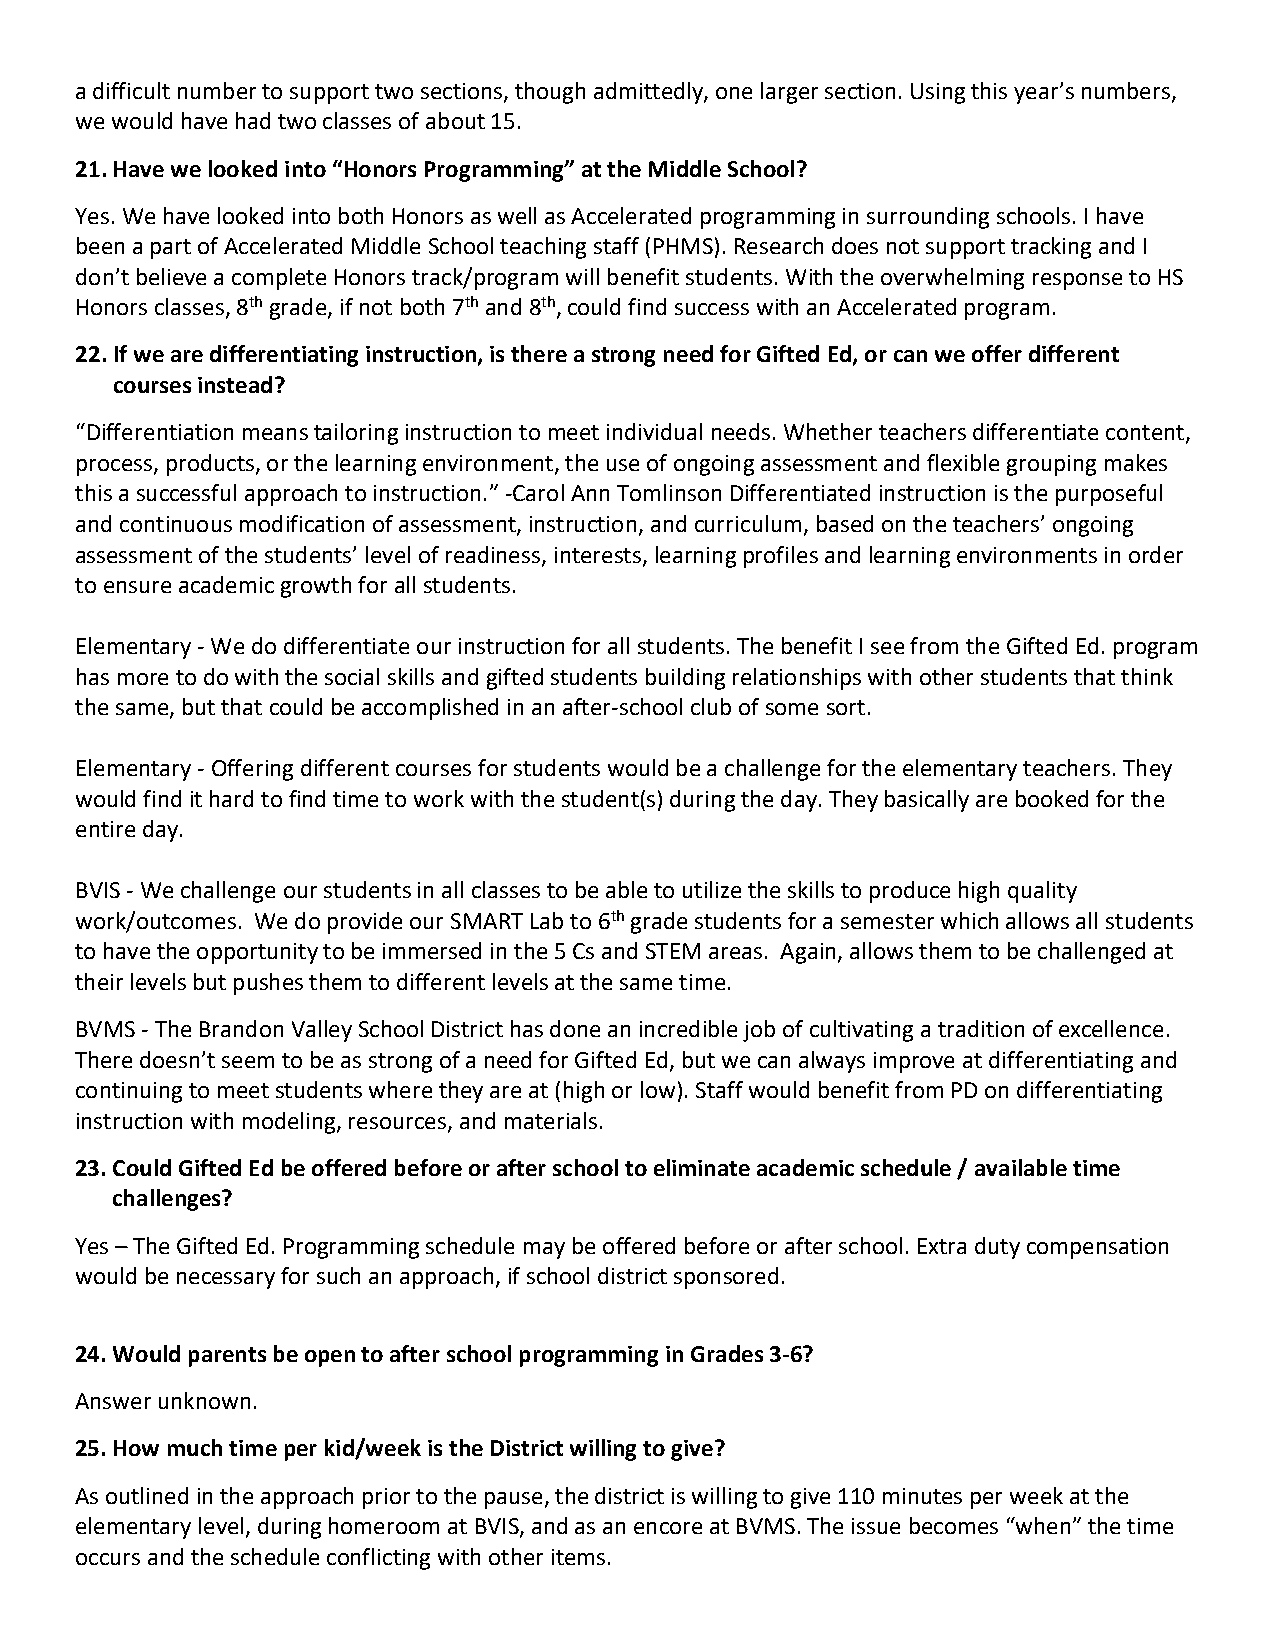
a difficult number to support two sections, though admittedly, one larger section. Using this year’s numbers,
 we would have had two classes of about 15.
 21. Have we looked into “Honors Programming” at the Middle School?
 Yes. We have looked into both Honors as well as Accelerated programming in surrounding schools. I have
 been a part of Accelerated Middle School teaching staff (PHMS). Research does not support tracking and I
 don’t believe a complete Honors track/program will benefit students. With the overwhelming response to HS
 Honors classes, 8th grade, if not both 7th and 8th, could find success with an Accelerated program.
 22. If we are differentiating instruction, is there a strong need for Gifted Ed, or can we offer different
 courses instead?
 “Differentiation means tailoring instruction to meet individual needs. Whether teachers differentiate content,
 process, products, or the learning environment, the use of ongoing assessment and flexible grouping makes
 this a successful approach to instruction.” -Carol Ann Tomlinson Differentiated instruction is the purposeful
 and continuous modification of assessment, instruction, and curriculum, based on the teachers’ ongoing
 assessment of the students’ level of readiness, interests, learning profiles and learning environments in order
 to ensure academic growth for all students.
 Elementary - We do differentiate our instruction for all students. The benefit I see from the Gifted Ed. program
 has more to do with the social skills and gifted students building relationships with other students that think
 the same, but that could be accomplished in an after-school club of some sort.
 Elementary - Offering different courses for students would be a challenge for the elementary teachers. They
 would find it hard to find time to work with the student(s) during the day. They basically are booked for the
 entire day.
 BVIS - We challenge our students in all classes to be able to utilize the skills to produce high quality
 work/outcomes. We do provide our SMART Lab to 6th grade students for a semester which allows all students
 to have the opportunity to be immersed in the 5 Cs and STEM areas. Again, allows them to be challenged at
 their levels but pushes them to different levels at the same time.
 BVMS - The Brandon Valley School District has done an incredible job of cultivating a tradition of excellence.
 There doesn’t seem to be as strong of a need for Gifted Ed, but we can always improve at differentiating and
 continuing to meet students where they are at (high or low). Staff would benefit from PD on differentiating
 instruction with modeling, resources, and materials.
 23. Could Gifted Ed be offered before or after school to eliminate academic schedule / available time
 challenges?
 Yes – The Gifted Ed. Programming schedule may be offered before or after school. Extra duty compensation
 would be necessary for such an approach, if school district sponsored.
 24. Would parents be open to after school programming in Grades 3-6?
 Answer unknown.
 25. How much time per kid/week is the District willing to give?
 As outlined in the approach prior to the pause, the district is willing to give 110 minutes per week at the
 elementary level, during homeroom at BVIS, and as an encore at BVMS. The issue becomes “when” the time
 occurs and the schedule conflicting with other items.